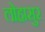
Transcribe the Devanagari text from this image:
लोहासुर